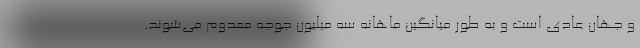
و جهان عادی است و به طور میانگین ماهانه سه میلیون جوجه معدوم می‌شوند.